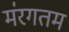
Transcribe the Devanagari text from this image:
म॑रगतम